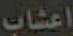
اعشاب